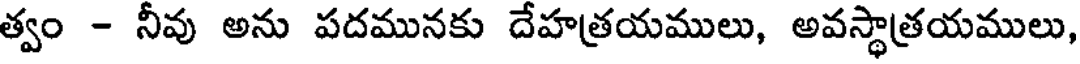
త్వం - నీవు అను పదమునకు దేహత్రయములు, అవస్థాత్రయములు,